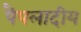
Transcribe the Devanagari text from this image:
पैपलादीय